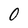
Character: O